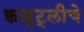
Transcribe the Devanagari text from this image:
क्वाह्ट्लीचे